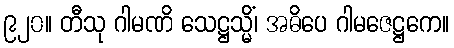
၉၂၀။ တီသု ဂါမဏိ သေဋ္ဌသ္မိံ၊ အဓိပေ ဂါမဇေဋ္ဌကေ။